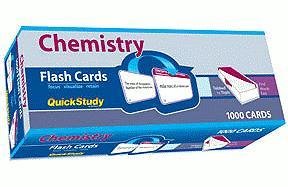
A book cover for Chemistry; Inc. BarCharts; Science & Math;